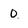
Character: 0